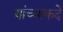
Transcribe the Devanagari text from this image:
यांच्याकदे